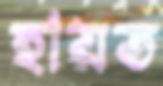
হায়ত